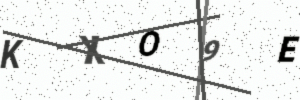
Text: KXO9E